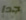
جدا